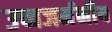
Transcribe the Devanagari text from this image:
उच्चजर्मनीय